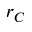
r _ { C }